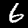
Label: 6